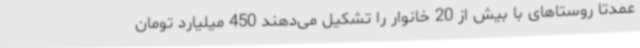
عمدتاً روستاهای با بیش از 20 خانوار را تشکیل می‌دهند 450 میلیارد تومان